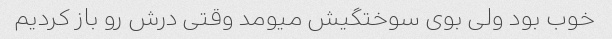
خوب بود ولی بوی سوختگیش میومد وقتی درش رو باز کردیم